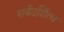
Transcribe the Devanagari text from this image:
सर्वदर्शित्व